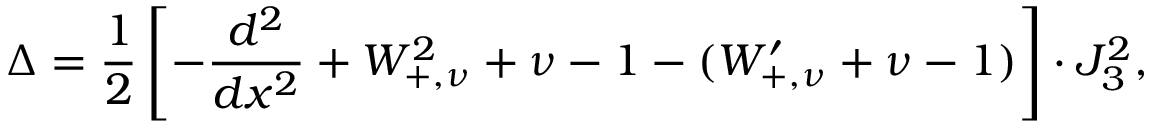
\Delta = \frac { 1 } { 2 } \left[ - \frac { d ^ { 2 } } { d x ^ { 2 } } + W _ { + , \nu } ^ { 2 } + \nu - 1 - ( W _ { + , \nu } ^ { \prime } + \nu - 1 ) \right] \cdot J _ { 3 } ^ { 2 } ,